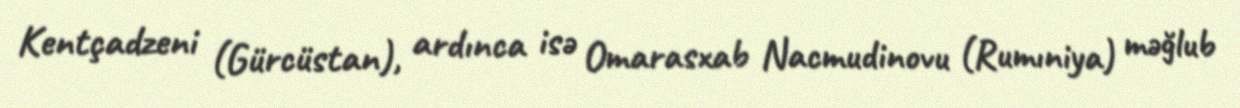
Kentçadzeni (Gürcüstan), ardınca isə Omarasxab Nacmudinovu (Rumıniya) məğlub